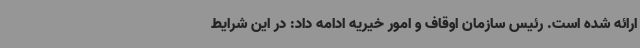
ارائه شده است. رئیس سازمان اوقاف و امور خیریه ادامه داد: در این شرایط